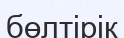
бөлтірік